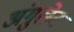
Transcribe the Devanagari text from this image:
अंगुलेट